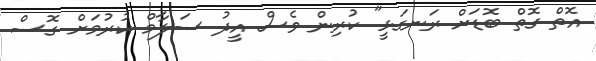
އޮތް ގޮތް ބޮޑަށް ރަނގަޅީ" ކުރިން ވެސް އީދު ސަލާމް ކުރުމަށް ގޮސް